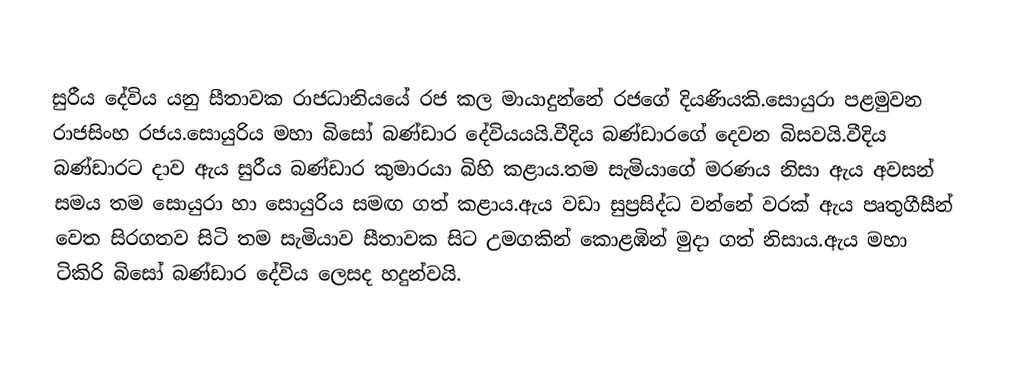
සුරීය දේවිය යනු සීතාවක රාජධානියයේ රජ කල මායාදුන්නේ රජගේ දියණියකි.සොයුරා පළමුවන රාජසිංහ රජය.සොයුරිය මහා බිසෝ බණ්ඩාර දේවියයයි.වීදිය බණ්ඩාරගේ දෙවන බිසවයි.වීදිය බණ්ඩාරට දාව ඇය සුරීය බණ්ඩාර කුමාරයා බිහි කළාය.තම සැමියාගේ මරණය නිසා ඇය අවසන් සමය තම සොයුරා හා සොයුරිය සමඟ ගත් කළාය.ඇය වඩා සුප්‍රසිද්ධ වන්නේ වරක් ඇය පෘතුගීසීන් වෙත සිරගතව සිටි තම සැමියාව සීතාවක සිට උමගකින් කොළඹින් මුදා ගත් නිසාය.ඇය මහා ටිකිරි බිසෝ බණ්ඩාර දේවිය ලෙසද හදුන්වයි.